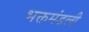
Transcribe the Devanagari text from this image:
भक्तमंडली